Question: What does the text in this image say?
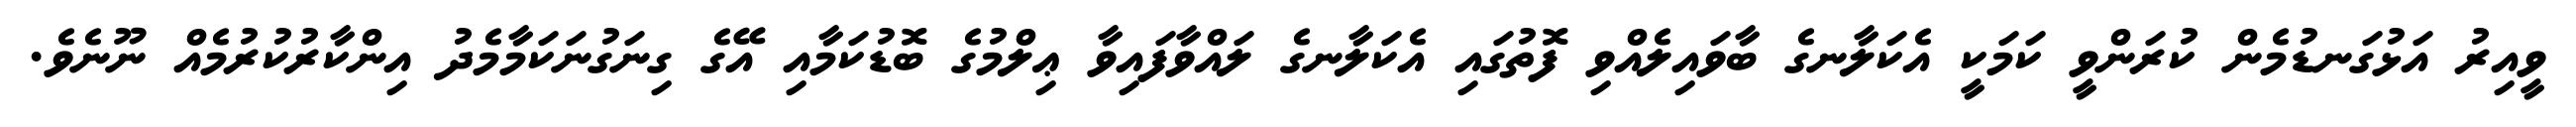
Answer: ވީއިރު އަޅުގަނޑުމެން ކުރަންވީ ކަމަކީ އެކަލާނގެ ބާވައިލެއްވި ފޮތުގައި އެކަލާނގެ ލައްވާފައިވާ ޢިލްމުގެ ބޮޑުކަމާއި އޭގެ ގިނަގުނަކަމާމެދު އިންކާރުކުރުމެއް ނޫނެވެ.